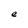
Character: e